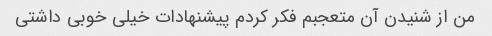
من از شنیدن آن متعجبم فکر کردم پیشنهادات خیلی خوبی داشتی